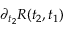
\partial _ { t _ { 2 } } R ( t _ { 2 } , t _ { 1 } )